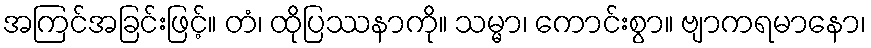
အကြင်အခြင်းဖြင့်။ တံ၊ ထိုပြဿနာကို။ သမ္မာ၊ ကောင်းစွာ။ ဗျာကရမာနော၊